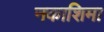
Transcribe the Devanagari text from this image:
नकाशिमा